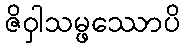
ဇိဝှါသမ္ဖဿောပိ